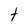
Character: t